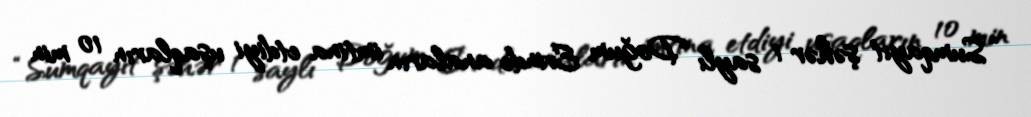
“Sumqayıt şəhər 1 saylı Doğum Evində anaların imtina etdiyi uşaqların 10 min